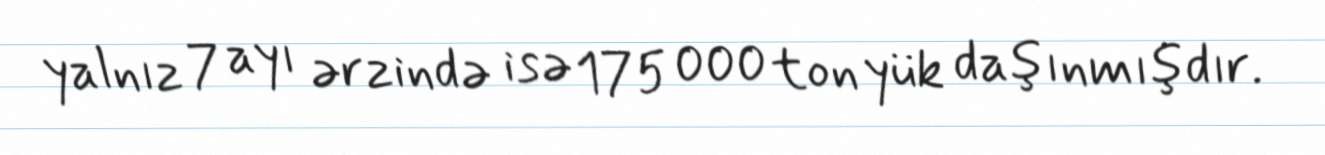
yalnız 7 ayı ərzində isə 175 000 ton yük daşınmışdır.